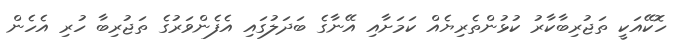
ހޮކޭއަކީ ތަޖުރިބާކާރު ކުޅުންތެރިޔެއް ކަމަށާއި އޭނާގެ ބަދަލުގައި އެފެންވަރުގެ ތަޖުރިބާ ހުރި އެހެން